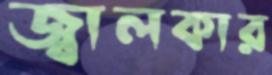
জ্বালকার